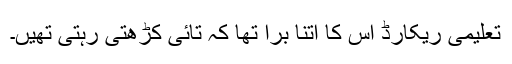
تعلیمی ریکارڈ اس کا اتنا برا تھا کہ تائی کڑھتی رہتی تھیں۔